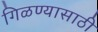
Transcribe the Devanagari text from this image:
गिळण्यासाठी